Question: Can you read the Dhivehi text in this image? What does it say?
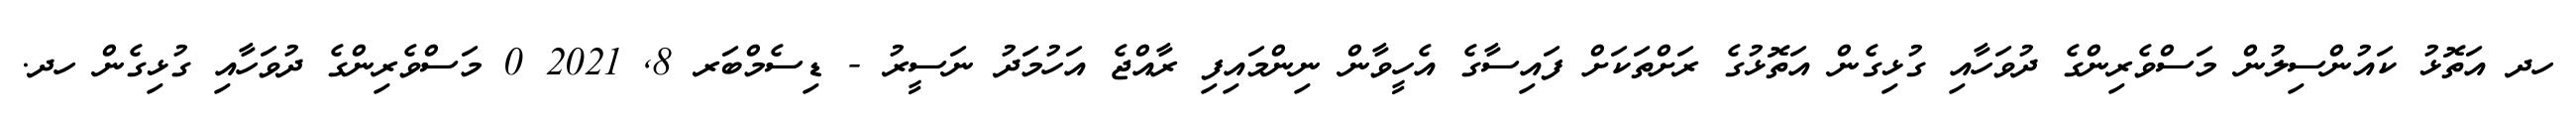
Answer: ހދ އަތޮޅު ކައުންސިލުން މަސްވެރިންގެ ދުވަހާއި ގުޅިގެން އަތޮޅުގެ ރަށްތަކަށް ފައިސާގެ އެހީވާން ނިންމައިފި ރާއްޖެ އަހުމަދު ނަސީރު - ޑިސެމްބަރ 8, 2021 0 މަސްވެރިންގެ ދުވަހާއި ގުޅިގެން ހދ.